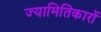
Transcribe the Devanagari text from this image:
ज्यामितिकारों